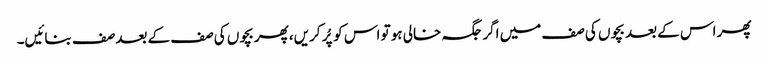
پھر اس کے بعد بچوں کی صف میں اگر جگہ خالی ہو تو اس کو پُر کریں، پھر بچوں کی صف کے بعد صف بنائیں۔